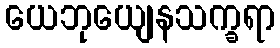
ယေဘုယျေနသက္ခရာ